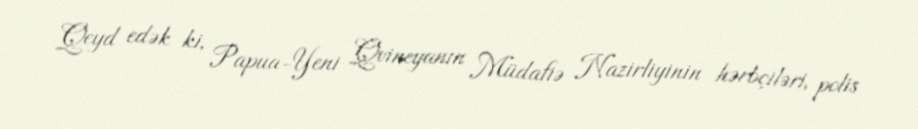
Qeyd edək ki, Papua-Yeni Qvineyanın Müdafiə Nazirliyinin hərbçiləri, polis